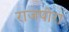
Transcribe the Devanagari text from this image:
राजपोरा